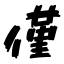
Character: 僅